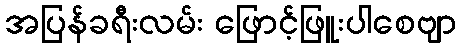
အပြန်ခရီးလမ်း ဖြောင့်ဖြူးပါစေဗျာ